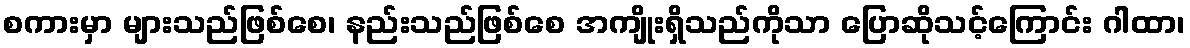
စကားမှာ များသည်ဖြစ်စေ၊ နည်းသည်ဖြစ်စေ အကျိုးရှိသည်ကိုသာ ပြောဆိုသင့်ကြောင်း ဂါထာ၊